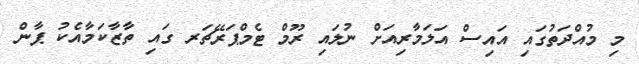
މި މުއްދަތުގައި އައިސް އަލަމާރިއަށް ނުލައި ރޫމް ޓެމްޕަރޭޗަރ ގައި ތާޒާކަމާއެކު ޕާން